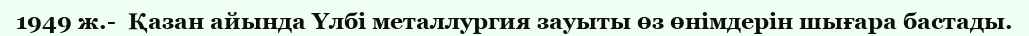
1949 ж.-  Қазан айында Үлбі металлургия зауыты өз өнімдерін шығара бастады.